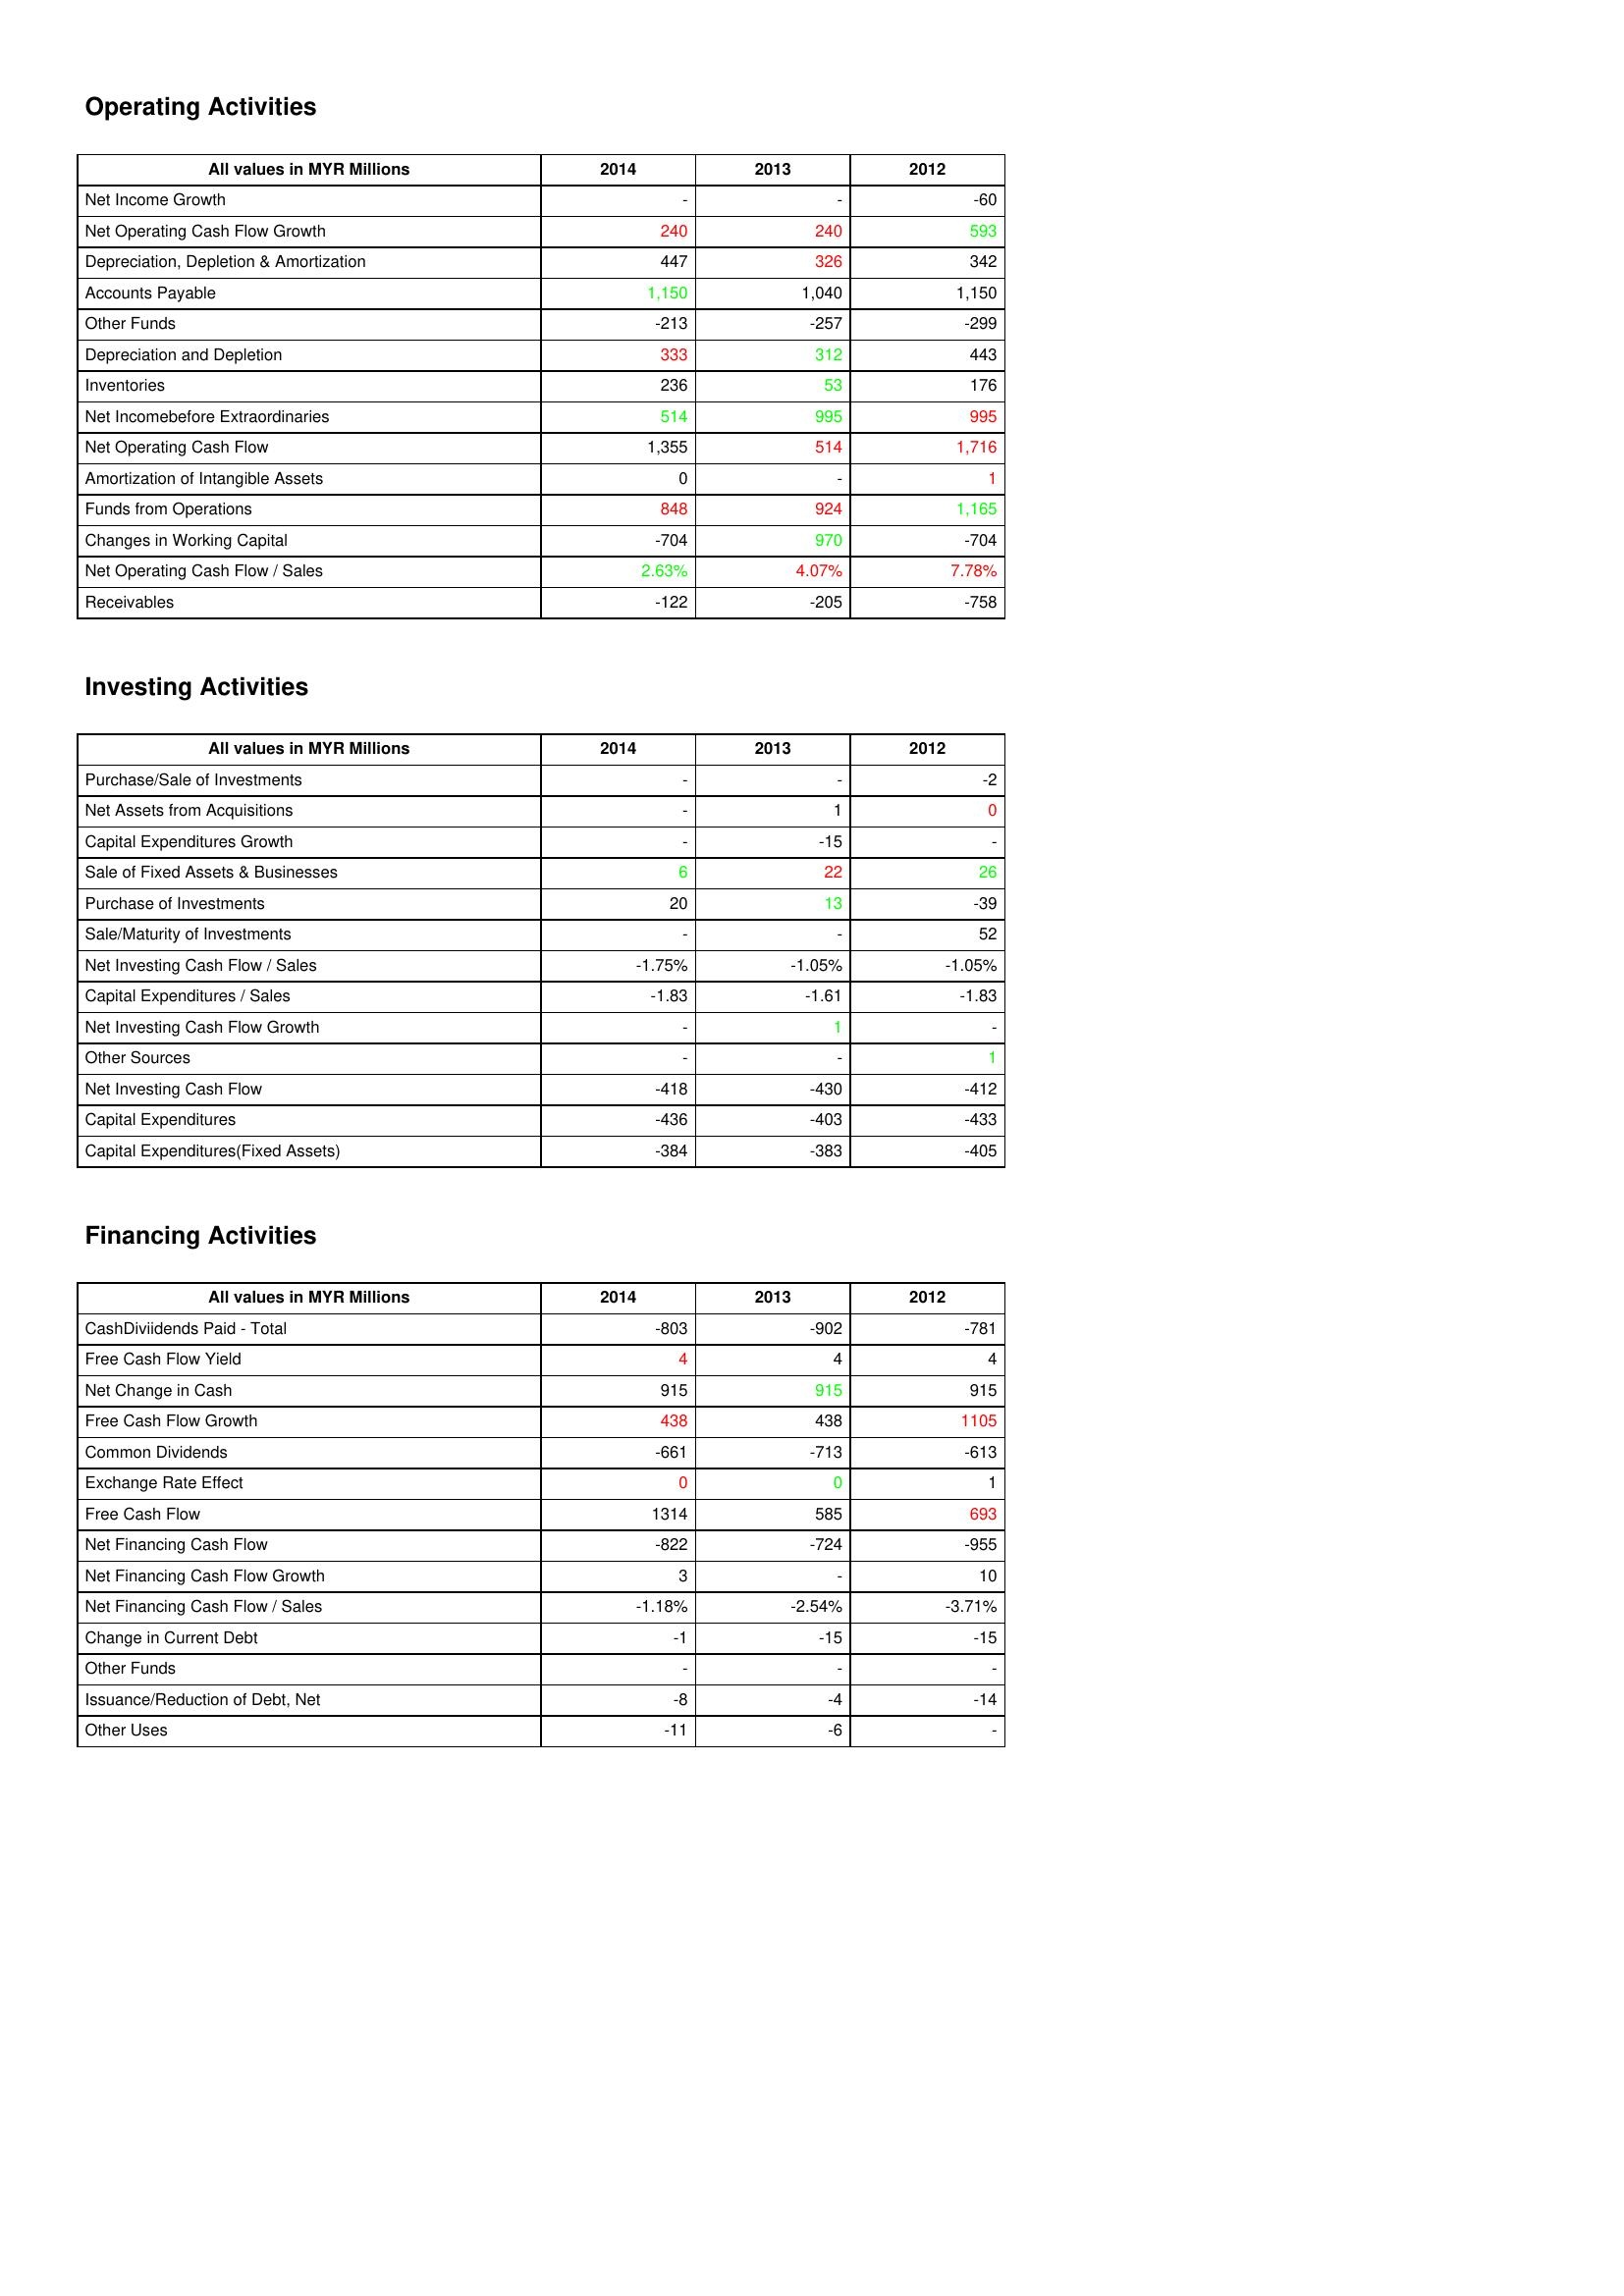
gt_parse: 2014: Operating Activities: Net Income Growth: -
Net Operating Cash Flow Growth: 240
Depreciation, Depletion & Amortization: 447
Accounts Payable: 1,150
Other Funds: -213
Depreciation and Depletion: 333
Inventories: 236
Net Incomebefore Extraordinaries: 514
Net Operating Cash Flow: 1,355
Amortization of Intangible Assets: 0
Funds from Operations: 848
Changes in Working Capital: -704
Net Operating Cash Flow / Sales: 2.63%
Receivables: -122
Investing Activities: Purchase/Sale of Investments: -
Net Assets from Acquisitions: -
Capital Expenditures Growth: -
Sale of Fixed Assets & Businesses: 6
Purchase of Investments: 20
Sale/Maturity of Investments: -
Net Investing Cash Flow / Sales: -1.75%
Capital Expenditures / Sales: -1.83
Net Investing Cash Flow Growth: -
Other Sources: -
Net Investing Cash Flow: -418
Capital Expenditures: -436
Capital Expenditures(Fixed Assets): -384
Financing Activities: CashDiviidends Paid - Total: -803
Free Cash Flow Yield: 4
Net Change in Cash: 915
Free Cash Flow Growth: 438
Common Dividends: -661
Exchange Rate Effect: 0
Free Cash Flow: 1314
Net Financing Cash Flow: -822
Net Financing Cash Flow Growth: 3
Net Financing Cash Flow / Sales: -1.18%
Change in Current Debt: -1
Other Funds: -
Issuance/Reduction of Debt, Net: -8
Other Uses: -11
2013: Operating Activities: Net Income Growth: -
Net Operating Cash Flow Growth: 240
Depreciation, Depletion & Amortization: 326
Accounts Payable: 1,040
Other Funds: -257
Depreciation and Depletion: 312
Inventories: 53
Net Incomebefore Extraordinaries: 995
Net Operating Cash Flow: 514
Amortization of Intangible Assets: -
Funds from Operations: 924
Changes in Working Capital: 970
Net Operating Cash Flow / Sales: 4.07%
Receivables: -205
Investing Activities: Purchase/Sale of Investments: -
Net Assets from Acquisitions: 1
Capital Expenditures Growth: -15
Sale of Fixed Assets & Businesses: 22
Purchase of Investments: 13
Sale/Maturity of Investments: -
Net Investing Cash Flow / Sales: -1.05%
Capital Expenditures / Sales: -1.61
Net Investing Cash Flow Growth: 1
Other Sources: -
Net Investing Cash Flow: -430
Capital Expenditures: -403
Capital Expenditures(Fixed Assets): -383
Financing Activities: CashDiviidends Paid - Total: -902
Free Cash Flow Yield: 4
Net Change in Cash: 915
Free Cash Flow Growth: 438
Common Dividends: -713
Exchange Rate Effect: 0
Free Cash Flow: 585
Net Financing Cash Flow: -724
Net Financing Cash Flow Growth: -
Net Financing Cash Flow / Sales: -2.54%
Change in Current Debt: -15
Other Funds: -
Issuance/Reduction of Debt, Net: -4
Other Uses: -6
2012: Operating Activities: Net Income Growth: -60
Net Operating Cash Flow Growth: 593
Depreciation, Depletion & Amortization: 342
Accounts Payable: 1,150
Other Funds: -299
Depreciation and Depletion: 443
Inventories: 176
Net Incomebefore Extraordinaries: 995
Net Operating Cash Flow: 1,716
Amortization of Intangible Assets: 1
Funds from Operations: 1,165
Changes in Working Capital: -704
Net Operating Cash Flow / Sales: 7.78%
Receivables: -758
Investing Activities: Purchase/Sale of Investments: -2
Net Assets from Acquisitions: 0
Capital Expenditures Growth: -
Sale of Fixed Assets & Businesses: 26
Purchase of Investments: -39
Sale/Maturity of Investments: 52
Net Investing Cash Flow / Sales: -1.05%
Capital Expenditures / Sales: -1.83
Net Investing Cash Flow Growth: -
Other Sources: 1
Net Investing Cash Flow: -412
Capital Expenditures: -433
Capital Expenditures(Fixed Assets): -405
Financing Activities: CashDiviidends Paid - Total: -781
Free Cash Flow Yield: 4
Net Change in Cash: 915
Free Cash Flow Growth: 1105
Common Dividends: -613
Exchange Rate Effect: 1
Free Cash Flow: 693
Net Financing Cash Flow: -955
Net Financing Cash Flow Growth: 10
Net Financing Cash Flow / Sales: -3.71%
Change in Current Debt: -15
Other Funds: -
Issuance/Reduction of Debt, Net: -14
Other Uses: -